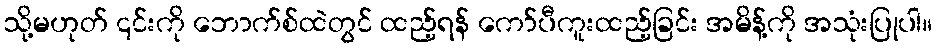
သို့မဟုတ် ၎င်းကို ဘောက်စ်ထဲတွင် ထည့်ရန် ကော်ပီကူးထည့်ခြင်း အမိန့်ကို အသုံးပြုပါ။